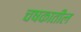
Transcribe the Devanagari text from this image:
चषकातील